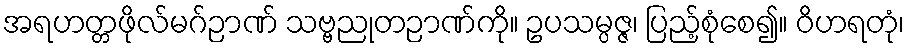
အရဟတ္တဖိုလ်မဂ်ဉာဏ် သဗ္ဗညုတဉာဏ်ကို။ ဥပသမ္ပဇ္ဇ၊ ပြည့်စုံစေ၍။ ဝိဟရတုံ၊